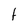
Character: t